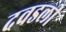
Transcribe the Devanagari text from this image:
दवडली